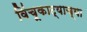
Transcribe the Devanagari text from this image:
विंचूकाट्याच्या